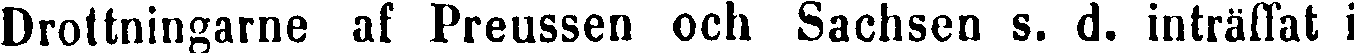
Drottningarne af Preussen och Sachsen s. d. inträffat i